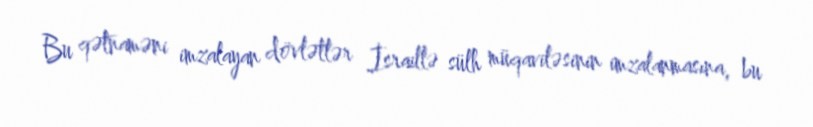
Bu qətnaməni imzalayan dövlətlər İsraillə sülh müqaviləsinin imzalanmasına, bu